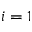
i = 1